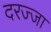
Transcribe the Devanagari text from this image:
दरज्जा